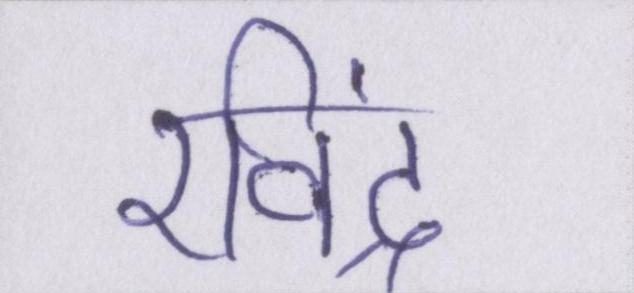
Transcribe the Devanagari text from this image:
रविंद्र